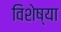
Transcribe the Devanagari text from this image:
विशेष्या